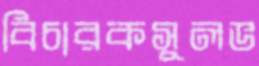
বিচারকসুলভ